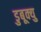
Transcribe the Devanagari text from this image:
डुबूक्यु